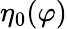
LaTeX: \eta_{0}(\varphi)